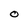
Character: O